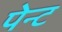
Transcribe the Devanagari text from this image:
पेन्‍ट